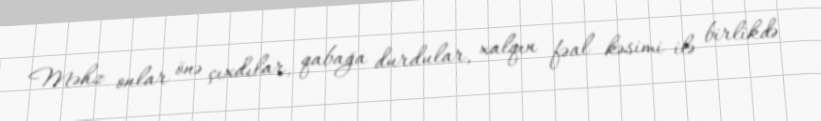
Məhz onlar önə çıxdılar, qabağa durdular, xalqın fəal kəsimi ilə birlikdə